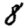
Digit: 8